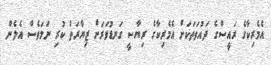
އެމެރިކާގެ ރައީސްގެ ދައުވަތަކަށް އެމެރިކާގެ ރިޔާސީ ގަނޑުވަރަށް ޒިޔާރަތް ކުރި ނަމަވެސް އެލެން